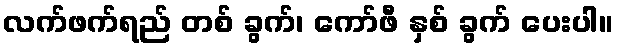
လက်ဖက်ရည် တစ် ခွက်၊ ကော်ဖီ နှစ် ခွက် ပေးပါ။